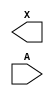
module sky130_fd_sc_hvl__lsbufhv2hv_lh (
    X,
    A
);

    output X;
    input  A;

    // Voltage supply signals
    supply1 VPWR    ;
    supply0 VGND    ;
    supply1 LOWHVPWR;
    supply1 VPB     ;
    supply0 VNB     ;

endmodule